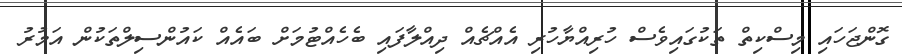
ގޮންޖަހައި މިސްކިތް ތަކުގައިވެސް ހުރިއްޔާހުރި އެއްޗެެއް ދިއްލާފައި ބެހެއްޓުމަށް ބައެއް ކައުންސިލްތަކުން އަމުރު